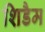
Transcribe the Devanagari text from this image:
शिडैम